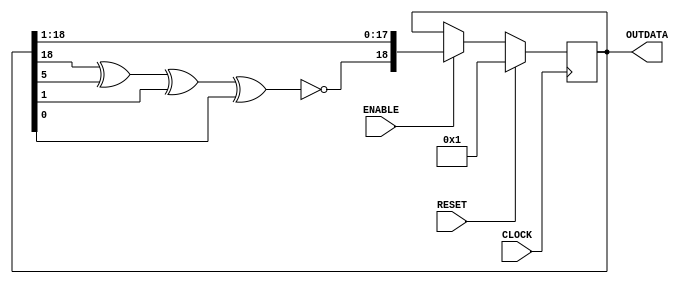
module LFSRmod (CLOCK, RESET, ENABLE, OUTDATA);
	input wire CLOCK, RESET, ENABLE;
	output reg [18:0] OUTDATA;

	reg value;
	reg [18:0] out;

	always @(*) begin
		value = ~(out[18] ^ out[5] ^ out[1] ^ out[0]);
		OUTDATA = out;//[18];
	end

	always @(posedge CLOCK) begin
		if (RESET) begin
			out <= 19'b1;
		end

		else begin
			if(ENABLE)
			begin
				out[18:0] <= { value , out[18:1] };
			end
		end
	end
endmodule